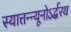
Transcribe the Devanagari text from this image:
स्यात्तन्न्यूनोऽर्द्धरथ